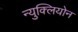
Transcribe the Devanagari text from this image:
न्युक्लियोन